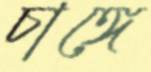
চাঙ্গে